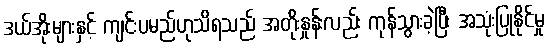
ဒယ်အိုးများနှင့် ကျင်းပမည်ဟုသိရသည် အတိုးနှုန်းလည်း ကုန်သွားခဲ့ပြီး အသုံးပြုနိုင်မှု